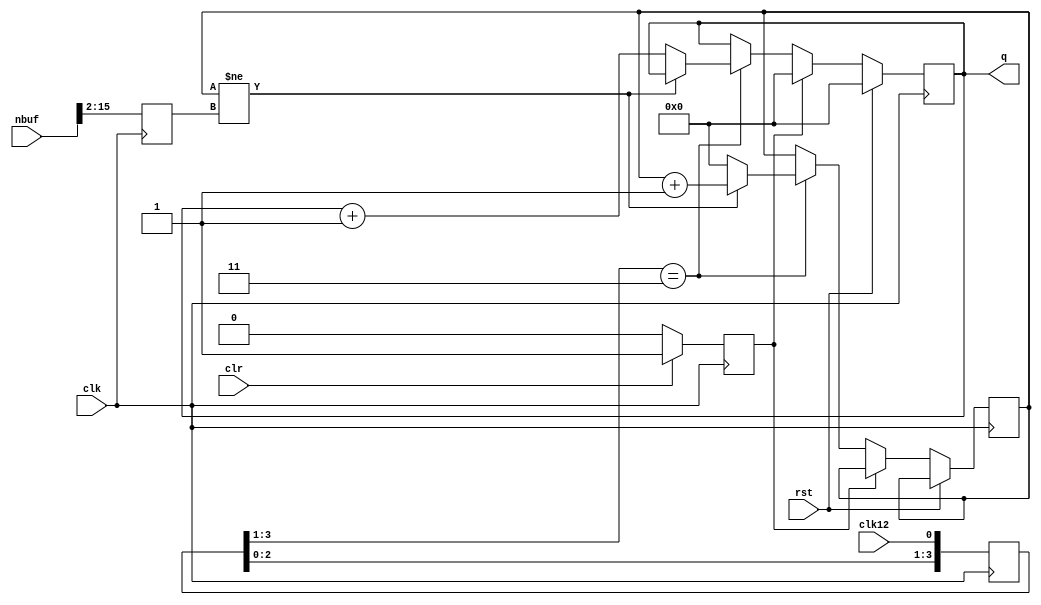
//-----------------------------------------------------------------------------
//
// Title       : time_control
// Design      : list
// Company     : Microsoft
//
//-----------------------------------------------------------------------------
//
// Generated   : Tue Apr  9 09:45:00 2019
// From        : interface description file
// By          : Itf2Vhdl ver. 1.22
//
//-----------------------------------------------------------------------------
//
// Description : 
//
//-----------------------------------------------------------------------------
`timescale 1 ns / 1 ps

//{{ Section below this comment is automatically maintained
//   and may be overwritten
//{module {time_control}}
module time_control ( clk12 ,clk ,rst ,clr ,nbuf ,q );

output [31:0] q ;
wire [31:0] q ;

input clk12 ;
wire clk12 ;
input clk ;
wire clk ;
input rst ;
wire rst ;
input clr ;
wire clr ;
input [15:0] nbuf ;
wire [15:0] nbuf ;

reg [ 3:0] frnt=0;
reg [31:0] accum=0;	 
reg [15:0] reg_nbuf=0;
reg [31:0] sch=0;
reg FLAG_RST=0;

assign q=accum;	  


always @(posedge clk) frnt    <={frnt[2:0],clk12};
always @(posedge clk) reg_nbuf<={2'b00,nbuf[15:2]};
always @(posedge clk) if (clr) 	FLAG_RST<=1; else FLAG_RST<=0;
	
always @(posedge clk)
	if (rst)
		begin
		accum<=0;		
		end
	else
	if (FLAG_RST)
	begin
	accum<=0;	
	end
	else
	begin	
	if (frnt[3:1]==3'b011)
		begin
		if (sch!=reg_nbuf) sch<=sch+1;
		else
			begin
			sch<=0;
			accum<=accum+1;
			end				
		end	
	end
		
		

endmodule